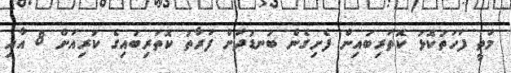
މަތީ ފަހަތުކޮޅު ކޮތަރިބައިން ފެށިގެން ބަނޑުދަށް ފަރާތު ކޮތަރިބައިގެ ކުރިއަށް 8 އާއި